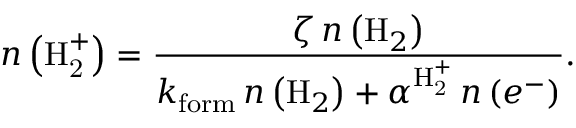
n \left( \mathrm { H _ { 2 } ^ { + } } \right) = \frac { \zeta \, n \left( \mathrm { H } _ { 2 } \right) } { k _ { \mathrm { f o r m } } \, n \left( \mathrm { H } _ { 2 } \right) + \alpha ^ { \mathrm { H _ { 2 } ^ { + } } } \, n \left( e ^ { - } \right) } .